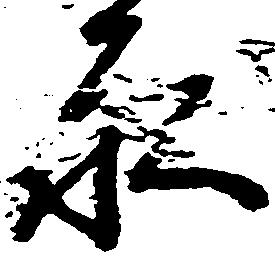
永